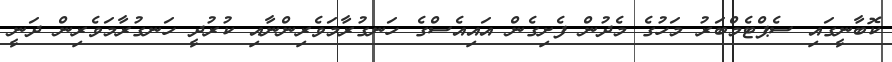
ކޮބާނީގައި ސެޕްޓެމްބަރު މަހުގެ މެދުން ފެށިގެން އައިއެސްގެ ހަނގުރާމަވެރިންނާއި ކުރުދީ ހަނގުރާމަވެރިން ދަނީ